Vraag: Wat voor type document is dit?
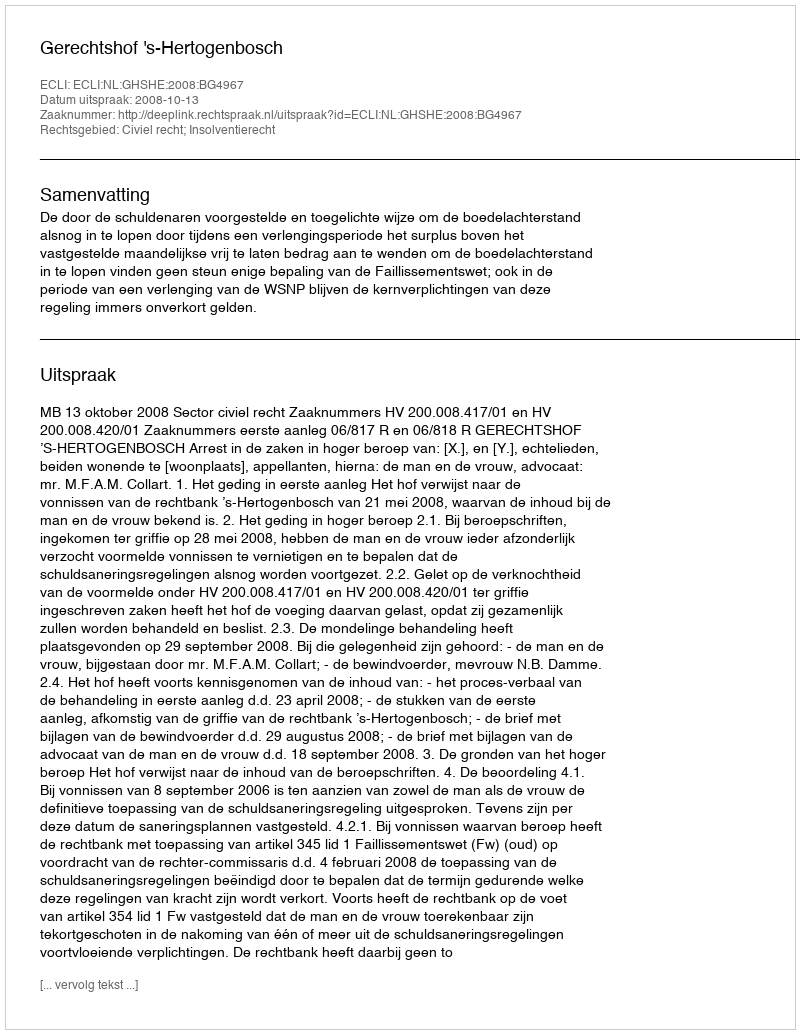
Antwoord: Uitspraak